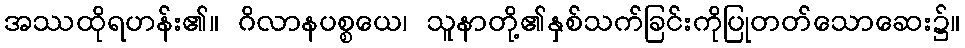
အဿထိုရဟန်း၏။ ဂိလာနပစ္စယေ၊ သူနာတို့၏နှစ်သက်ခြင်းကိုပြုတတ်သောဆေး၌။